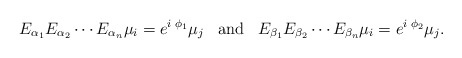
\begin{align*}E_{\alpha_1}E_{\alpha_2}\cdots E_{\alpha_n} \mu_{i} = e^{i \; \phi_{1}} \mu_{j} \;\;\; \mbox{and}\;\;\; E_{\beta_1}E_{\beta_2}\cdots E_{\beta_n} \mu_{i} = e^{i \; \phi_{2}} \mu_{j} .\end{align*}